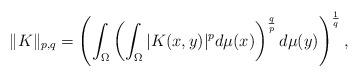
LaTeX: \begin{align*}\|K\|_{p,q}=\left(\int_{\Omega}\left(\int_{\Omega}|K(x,y)|^pd\mu(x)\right)^{\frac qp}d\mu(y)\right )^{\frac 1q},\end{align*}